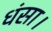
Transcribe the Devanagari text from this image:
धंसा।